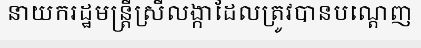
នាយករដ្ឋមន្ត្រីស្រីលង្កាដែលត្រូវបានបណ្តេញ